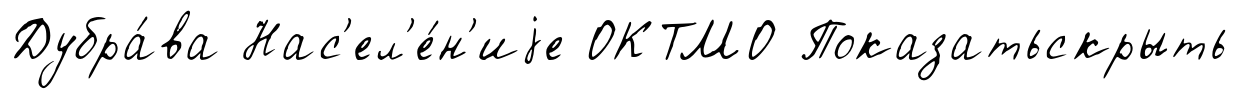
Дубра́ва Нас'ел'е́н'иjе ОКТМО Показатьскрыть